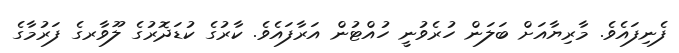
ފެނިފައެވެ. މާރިޔާއަށް ބަލަން ހުރެވުނީ ހުއްޓުން އަރާފައެވެ. ކާރުގެ ކުޑަދޮރުގެ ލޫވާރގެ ފަރުމާގެ